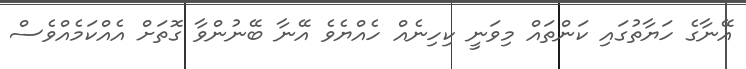
އޭނާގެ ހަޔާތުގައި ކަންތައް މިވަނީ ކިހިނެއް ހެއްޔެވެ އޭނާ ބޭނުންވާ ގޮތަށް އެއްކަމެއްވެސް